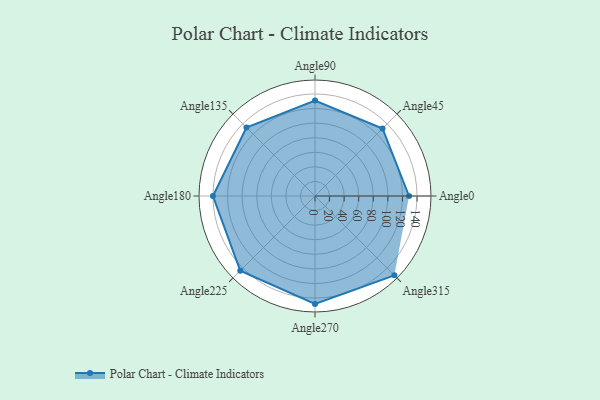
{"axis": {"x": "Angle", "y": "Radius"}, "legend": [""], "data": [{"x": "Angle0", "y": 129.0, "type": ""}, {"x": "Angle45", "y": 131.0, "type": ""}, {"x": "Angle90", "y": 131.0, "type": ""}, {"x": "Angle135", "y": 133.0, "type": ""}, {"x": "Angle180", "y": 140.0, "type": ""}, {"x": "Angle225", "y": 145.0, "type": ""}, {"x": "Angle270", "y": 148.0, "type": ""}, {"x": "Angle315", "y": 154.0, "type": ""}]}